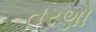
તરણો